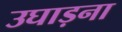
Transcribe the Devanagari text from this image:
उघाड़ना